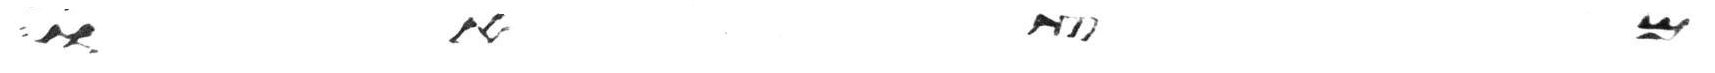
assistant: ומת או